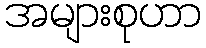
အများစုဟာ